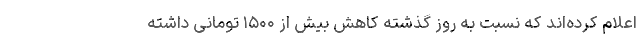
اعلام کرده‌اند که نسبت به روز گذشته کاهش بیش از ۱۵۰۰ تومانی داشته